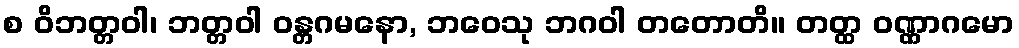
စ ဝိဘတ္တဝါ၊ ဘတ္တဝါ ဝန္တဂမနော, ဘဝေသု ဘဂဝါ တတောတိ။ တတ္ထ ဝဏ္ဏာဂမော